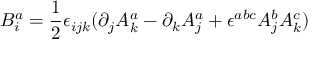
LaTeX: B _ { i } ^ { a } = \frac { 1 } { 2 } \epsilon _ { i j k } ( \partial _ { j } A _ { k } ^ { a } - \partial _ { k } A _ { j } ^ { a } + \epsilon ^ { a b c } A _ { j } ^ { b } A _ { k } ^ { c } )